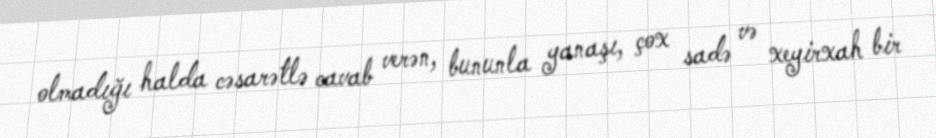
olmadığı halda cəsarətlə cavab verən, bununla yanaşı, çox sadə və xeyirxah bir